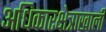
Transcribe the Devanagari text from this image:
अधिकारक्षेत्राखाली